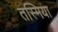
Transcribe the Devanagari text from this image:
तस्मिया